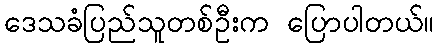
ဒေသခံပြည်သူတစ်ဦးက ပြောပါတယ်။